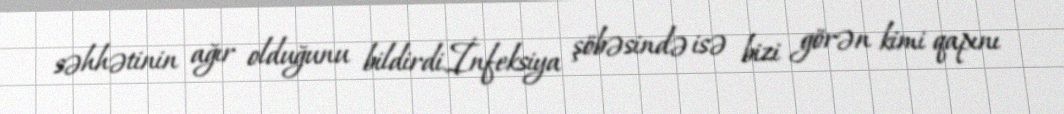
səhhətinin ağır olduğunu bildirdi.İnfeksiya şöbəsində isə bizi görən kimi qapını